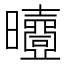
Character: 𣌐